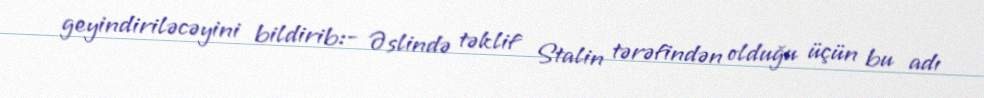
geyindiriləcəyini bildirib:- Əslində təklif Stalin tərəfindən olduğu üçün bu adı